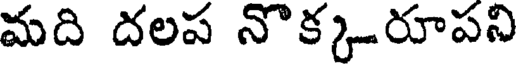
మది దలప నొక్కరూపని